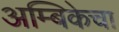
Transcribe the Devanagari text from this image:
अम्बिकेचा